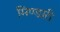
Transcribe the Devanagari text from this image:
मिण्डारी